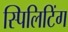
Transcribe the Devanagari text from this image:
स्पिलिटिंग